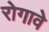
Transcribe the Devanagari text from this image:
रोगावे